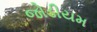
જોડીયમ